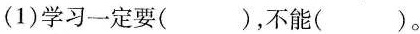
（1)学习一定要( )，不能( )。